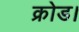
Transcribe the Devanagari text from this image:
क्रोड।